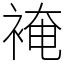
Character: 裺